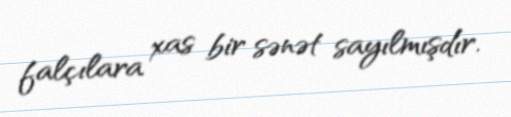
falçılara xas bir sənət sayılmışdır.